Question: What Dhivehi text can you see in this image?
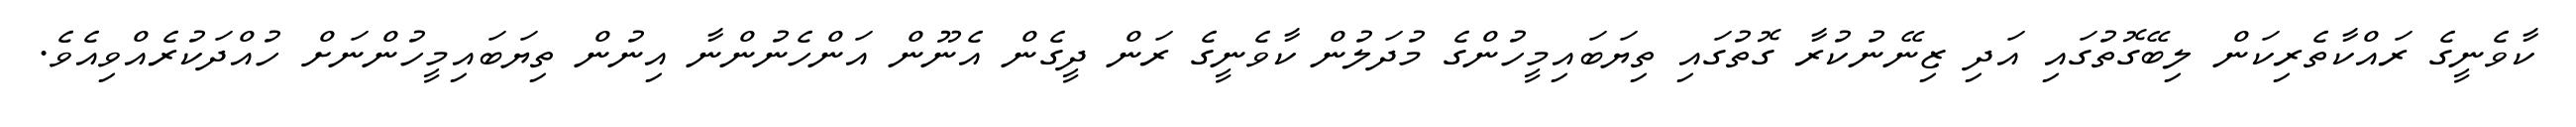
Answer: ކާވެނީގެ ރައްކާތެރިކަން ލިބޭގޮތުގައި އަދި ޒިނޭނުކުރާ ގޮތުގައި ތިޔަބައިމީހުންގެ މުދަލުން ކާވެނީގެ ރަން ދީގެން އެނޫން އަންހެނުންނާ އިނުން ތިޔަބައިމީހުންނަށް ހުއްދަކުރެއްވިއެވެ.